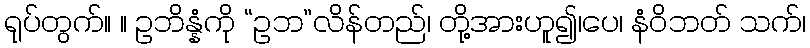
ရုပ်တွက်။ ။ ဥဘိန္နံကို “ဥဘ”လိန်တည်၊ တို့အားဟူ၍၊ပေ၊ နံဝိဘတ် သက်၊